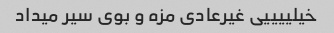
خیلییییی غیرعادی مزه و بوی سیر میداد